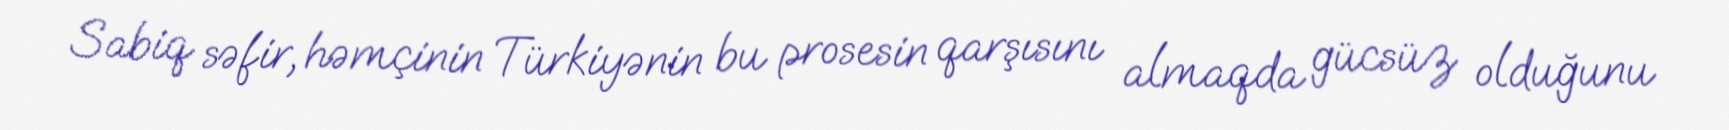
Sabiq səfir, həmçinin Türkiyənin bu prosesin qarşısını almaqda gücsüz olduğunu